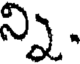
న్ని.